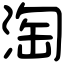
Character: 淘